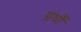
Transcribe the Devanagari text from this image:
ग्रंथौं